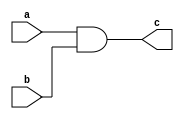
/////////////////////////////////////////
//  Functionality: 2-input AND 
////////////////////////////////////////
`timescale 1ns / 1ps

module and2(
  a,
  b,
  c);

input wire a;
input wire b;
output wire c;

assign c = a & b;

endmodule